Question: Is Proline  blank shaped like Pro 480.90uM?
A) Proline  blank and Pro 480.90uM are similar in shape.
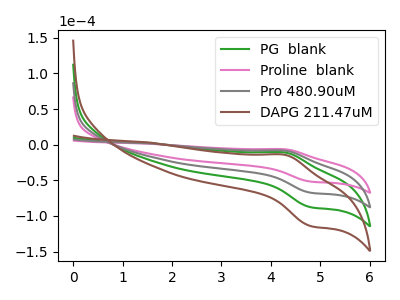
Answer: <think>The green curve "PG  blank" has an anodic peak at (4.30V, -16.85uA) and a cathodic peak at (4.80V, -134.95uA). The pink curve "Proline  blank" has an anodic peak at (4.30V, -6.50uA) and a cathodic peak at (4.80V, -51.85uA). The gray curve "Pro 480.90uM" has an anodic peak at (4.30V, -8.45uA) and a cathodic peak at (4.80V, -67.45uA). The brown curve "DAPG 211.47uM" has an anodic peak at (4.30V, -25.30uA) and a cathodic peak at (4.80V, -202.40uA).
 All the peaks in "Proline  blank" have a peak in "Pro 480.90uM" at the same potential.</think>
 <answer>A) "Proline  blank" and "Pro 480.90uM" are similar in shape.</answer>
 <eval>A</eval>